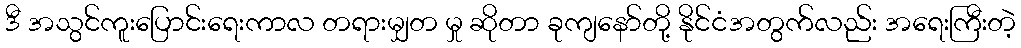
ဒီ အသွင်ကူးပြောင်းရေးကာလ တရားမျှတ မှု ဆိုတာ ခုကျနော်တို့ နိုင်ငံအတွက်လည်း အရေးကြီးတဲ့